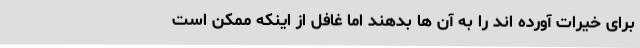
برای خیرات آورده اند را به آن ها بدهند اما غافل از اینکه ممکن است